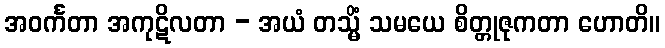
အဝင်္ကတာ အကုဋိလတာ - အယံ တသ္မိံ သမယေ စိတ္တုဇုကတာ ဟောတိ။